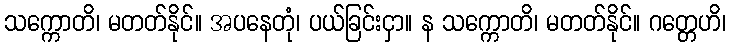
သက္ကောတိ၊ မတတ်နိုင်။ အပနေတုံ၊ ပယ်ခြင်းငှာ။ န သက္ကောတိ၊ မတတ်နိုင်။ ဂတ္တေဟိ၊